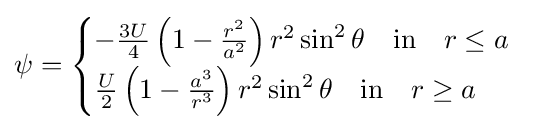
\psi ={\begin{cases}-{\frac {3U}{4}}\left(1-{\frac {r^{2}}{a^{2}}}\right)r^{2}\sin ^{2}\theta \quad {\text{in}}\quad r\leq a\\{\frac {U}{2}}\left(1-{\frac {a^{3}}{r^{3}}}\right)r^{2}\sin ^{2}\theta \quad {\text{in}}\quad r\geq a\end{cases}}